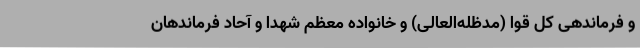
و فرماندهی کل قوا (مدظله‌العالی) و خانواده معظم شهدا و آحاد فرماندهان